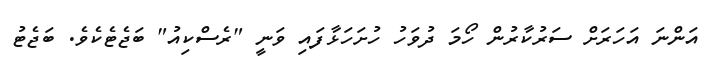
އަންނަ އަހަރަށް ސަރުކާރުން ހޯމަ ދުވަހު ހުށަހަޅާފައި ވަނީ "ރެސްކިއު" ބަޖެޓެކެވެ. ބަޖެޓު